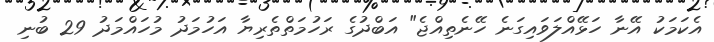
އެކަމަކު އޭނާ ހަޅޭއްލަވައިގަނެ ހޭނެތިއްޖެ" އަބްދުގެ ރަހުމަތްތެރިޔާ އަހުމަދު މުހައްމަދު 29 ބުނި